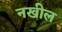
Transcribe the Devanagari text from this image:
नखील